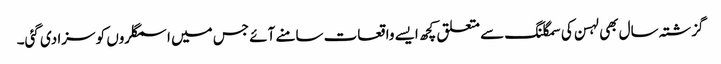
گزشتہ سال بھی لہسن کی سمگلنگ سے متعلق کچھ ایسے واقعات سامنے آئے جس میں اسمگلروں کو سزا دی گئی۔